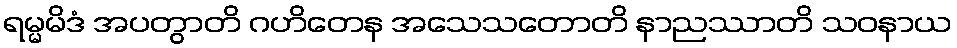
ရမ္မမိဒံ အပတွာတိ ဂဟိတေန အသေသတောတိ နာညဿာတိ သဝနာယ